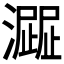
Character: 𤁍